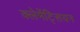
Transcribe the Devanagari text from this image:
क्लेमेंट्सियन